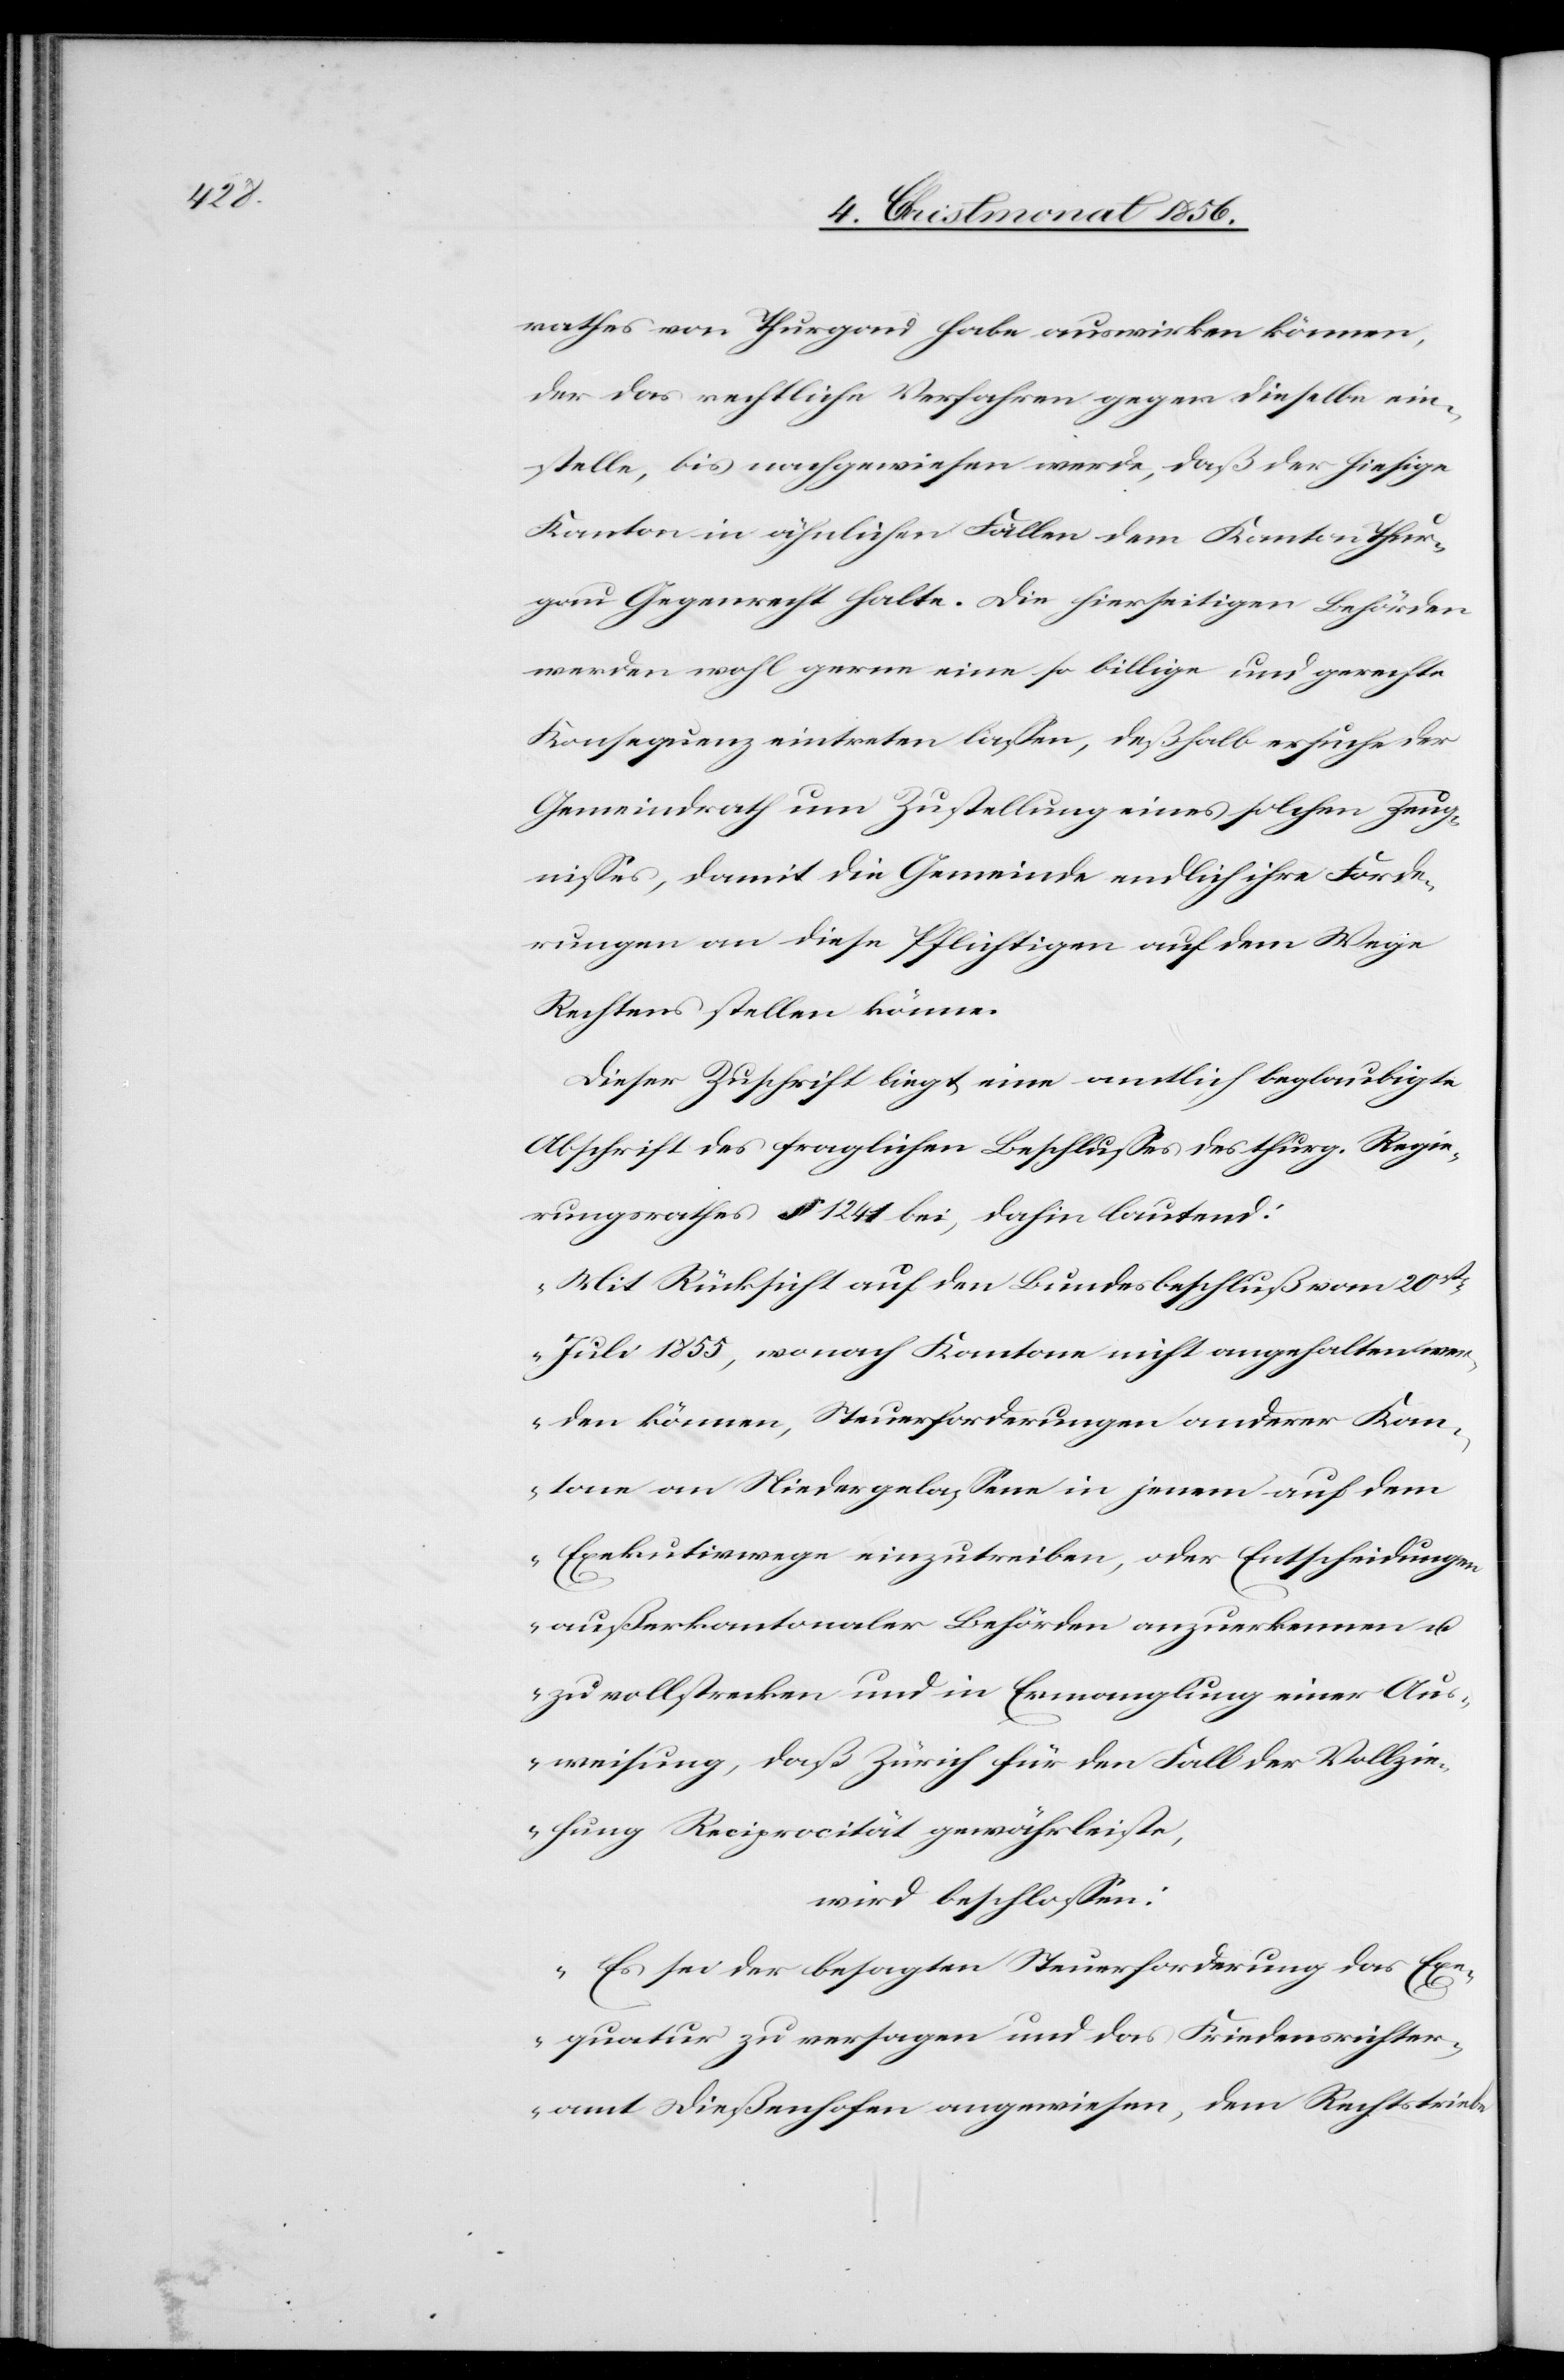
rathes von Thurgau habe auswirken können,
der das rechtliche Verfahren gegen dieselbe ein¬
stelle, bis nachgewiesen werde, daß der hiesige
Kanton in ähnlichen Fällen dem Kanton Thur¬
gau Gegenrecht halte. Die hierseitigen Behörden
werden wohl gerne eine so billige und gerechte
Konsequenz eintreten lassen, deßhalb ersuche der
Gemeindrath um Zustellung eines solchen Zeug¬
nisses, damit die Gemeinde endlich ihre Forde¬
rungen an diese Pflichtigen auf dem Wege
Rechtens stellen könne.
Dieser Zuschrift liegt eine amtliche beglaubigte
Abschrift des fraglichen Beschlusses des thurg. Regie¬
rungsrathes § 1241 bei, dahin lautend:
„Mit Rücksicht auf den Bundesbeschluß vom 20st
Juli 1855, wonach Kantone nicht angehalten wer¬
den können, Steuerforderungen anderer Kan¬
tone an Niedergelassene in jenem auf dem
Exekutivwege einzutreiben, oder Entscheidungen
außerkantonaler Behörden anzuerkennen u.
zu vollstrecken und in Ermanglung einer Aus¬
weisung, daß Zürich für den Fall der Vollzie¬
hung Reciprocität gewährleiste,
wird beschlossen:
Es sei der besagten Steuerforderung das Exe¬
quatur zu versagen und das Friedensrichter¬
amt Dießenhofen angewiesen, dem Rechtstriebe